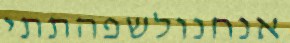
אנחנולשפהתתי